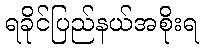
ရခိုင်ပြည်နယ်အစိုးရ